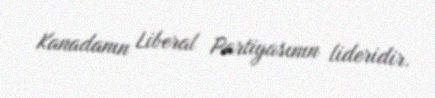
Kanadanın Liberal Partiyasının lideridir.